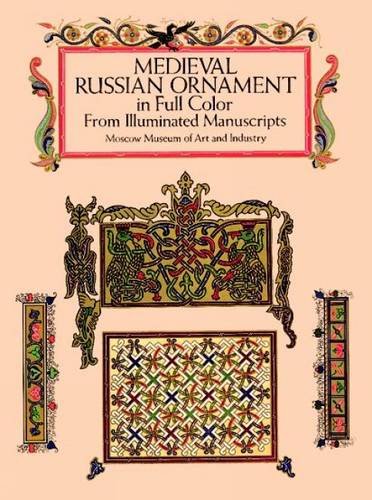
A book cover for Medieval Russian Ornament in Full Color: From Illuminated Manuscripts (Dover Pictorial Archive); Moscow Museum of Art; Arts & Photography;